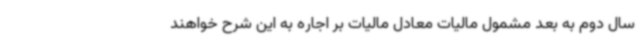
سال دوم به بعد مشمول مالیات معادل مالیات بر اجاره به این شرح خواهند